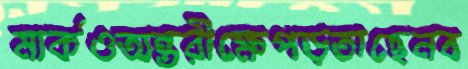
মার্কওঅন্তরীক্ষেপড়তাছেনব